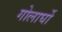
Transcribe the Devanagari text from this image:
गोलार्घो